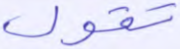
تقول